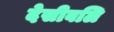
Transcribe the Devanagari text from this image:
देसीबलि